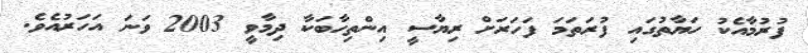
ފުރުމާއެކު ހަޔާތުގައި ފުރަތަމަ ފަހަރަށް ރިޔާސީ އިންތިހާބަކާ ދިމާވީ 2003 ވަނަ އަހަރުއެވެ.